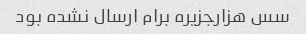
سس هزارجزیره برام ارسال نشده بود